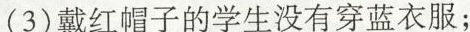
(3)戴红帽子的学生没有穿蓝衣服；